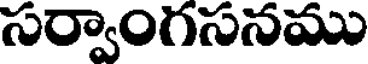
సర్వాంగసనము